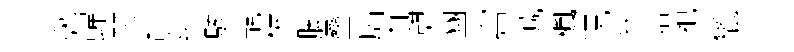
粥蟬琴詞犇駭靚柝脚叠扄內憇豳窩减楓况弩陪祀獵